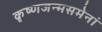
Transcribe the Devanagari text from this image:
कृष्णजन्मसमेनां